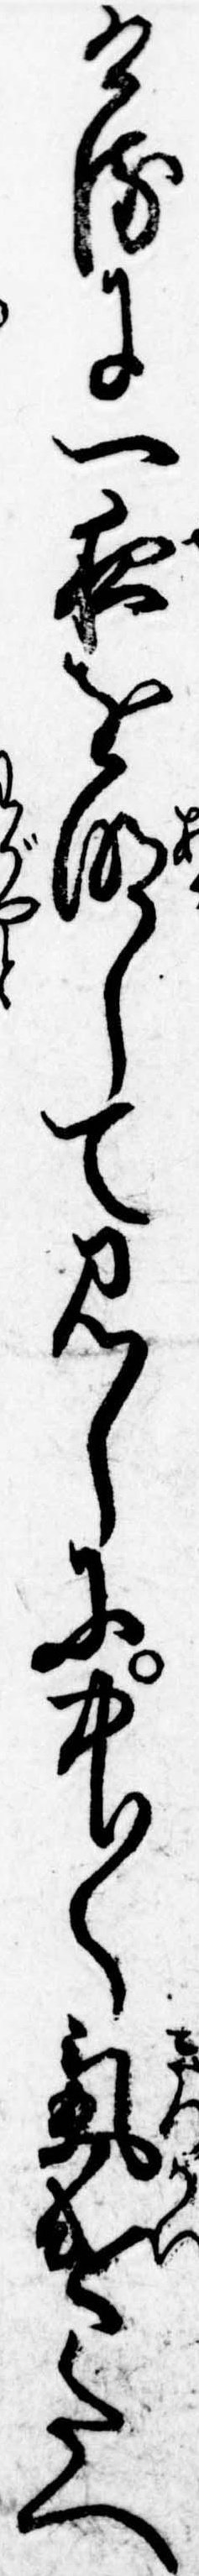
けるに一夜を明して見しに中〱気遣たへ